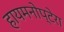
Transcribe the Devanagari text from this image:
हायमनोप्टेरा